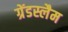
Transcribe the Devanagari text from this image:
ग्रेंडस्लैम